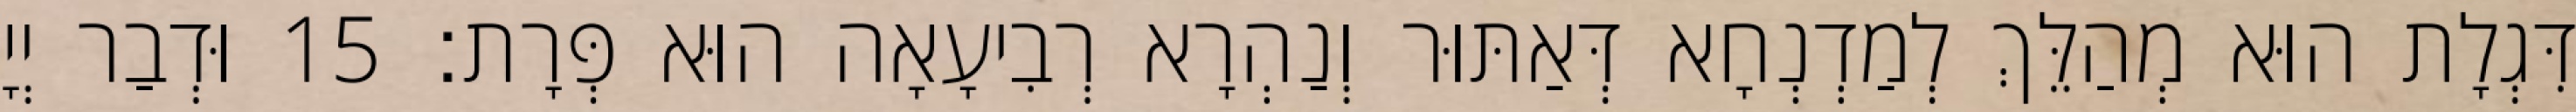
דִּגְלָת הוּא מְהַלֵּךְ לְמַדְנְחָא דְּאַתּוּר וְנַהְרָא רְבִיעָאָה הוּא פְּרָת׃ 15 וּדְבַר יְיָ